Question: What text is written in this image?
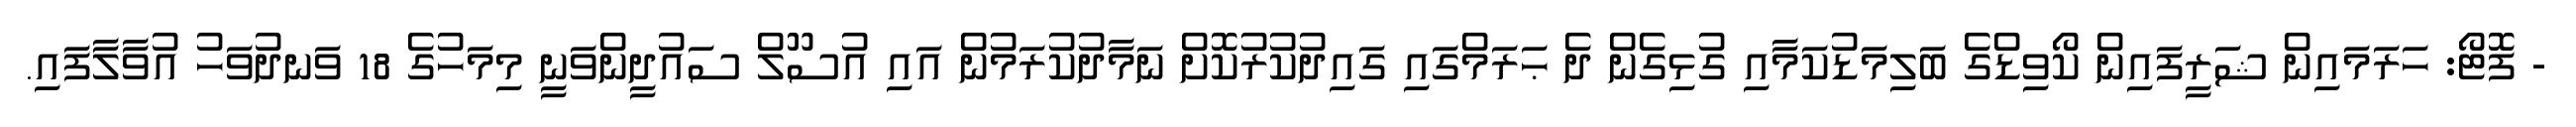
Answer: - ފޮޓޯ: ހަރަމައިން ޝަރީފައިން ކޯވިޑްގެ ބަލިމަޑުކަމާއި ގުޅިގެން ދެ ޙަރަމްގައި ގައިދުކުރުކޮށް ނަމާދުކުރަމުން އައި އުސޫލް ސައުދީންވަނީ މިމަހުގެ 18 ވަނދުވަހު އުވާލާފައި.